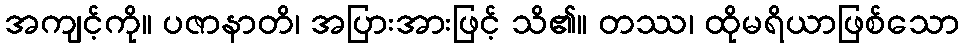
အကျင့်ကို။ ပဇာနာတိ၊ အပြားအားဖြင့် သိ၏။ တဿ၊ ထိုမရိယာဖြစ်သော